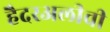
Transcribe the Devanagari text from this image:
हैदरअलीची